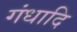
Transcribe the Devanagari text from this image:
गंधादि